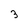
Character: 3